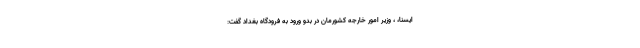
ایسنا، ، وزیر امور خارجه کشورمان در بدو ورود به فرودگاه بغداد گفت: